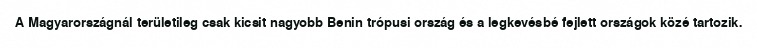
A Magyarországnál területileg csak kicsit nagyobb Benin trópusi ország és a legkevésbé fejlett országok közé tartozik.